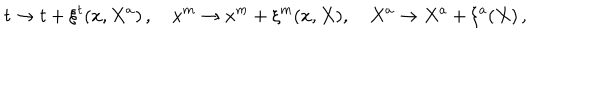
t \rightarrow t + \xi ^ { t } ( x , X ^ { a } ) \, , \quad x ^ { m } \rightarrow x ^ { m } + \xi ^ { m } ( x , X ) , \quad X ^ { a } \rightarrow X ^ { a } + \xi ^ { a } ( X ) \, ,